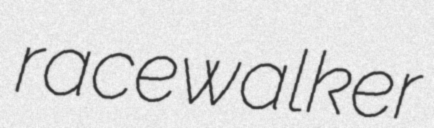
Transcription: racewalker